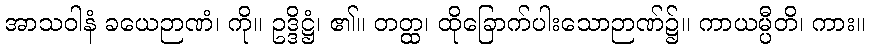
အာသဝါနံ ခယေဉာဏံ၊ ကို။ ဥဒ္ဒိဋ္ဌံ၊ ၏။ တတ္ထ၊ ထိုခြောက်ပါးသောဉာဏ်၌။ ကာယမ္ပီတိ၊ ကား။